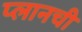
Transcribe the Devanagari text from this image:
प्लानची